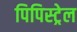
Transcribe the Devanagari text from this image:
पिपिस्ट्रेल